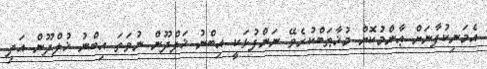
އެމަނިކުފާނަށް ޢާންމުކޮށް މުޚާޠަބްކުރެވޭ ނަންފުޅަކީ އިބްނު ޚަލްދޫން ނުވަތަ އިބްނު ޚުލްދޫން އަދި